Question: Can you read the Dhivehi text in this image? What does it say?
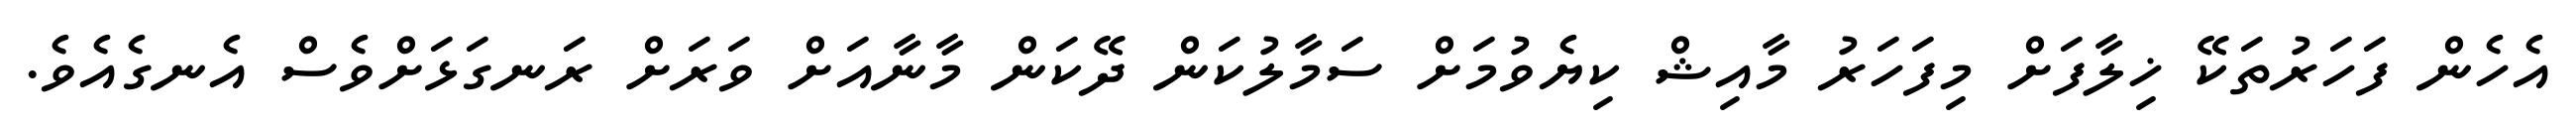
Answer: އެހެން ފަހަރުތަކޭ ޚިލާފަށް މިފަހަރު މާއިޝް ކިޔެވުމަށް ސަމާލުކަން ދޭކަން މާނާއަށް ވަރަށް ރަނގަޅަށްވެސް އެނގެއެވެ.